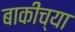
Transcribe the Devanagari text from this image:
बाकींच्या